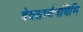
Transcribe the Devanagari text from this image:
देवतार्चनविधि